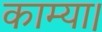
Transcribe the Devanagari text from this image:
काम्या।